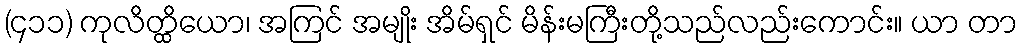
(၄၁၁) ကုလိတ္ထိယော၊ အကြင် အမျိုး အိမ်ရှင် မိန်းမကြီးတို့သည်လည်းကောင်း။ ယာ တာ